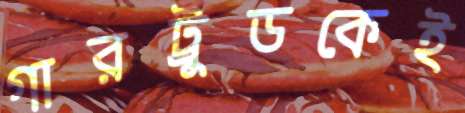
গারট্রুডকেই